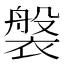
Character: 褩